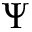
\Psi